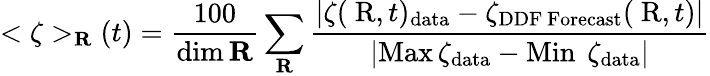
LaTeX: <\zeta>_{{\mathbf R}}(t)=\frac{100}{\mathrm{dim}\, {\mathbf R}}\sum_{{\mathbf R}}\frac{|\zeta(\mathrm{{\mathbf~R}},t)_{\mathrm{data}}-{\zeta}_{\mathrm{DDF~Forecast}}(\mathrm{{\mathbf~R}},t)|}{|\mathrm{Max}\, \zeta_{\mathrm{data}}-\mathrm{Min~}\, \zeta_{\mathrm{data}}|}